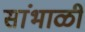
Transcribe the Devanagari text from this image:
सांभाळी